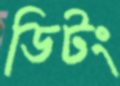
ডিটং